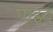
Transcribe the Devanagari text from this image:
पोइट